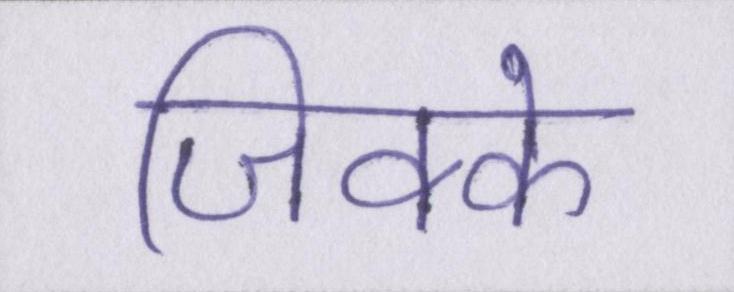
जिक्के